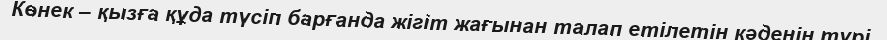
Көнек – қызға құда түсіп барғанда жігіт жағынан талап етілетін кәденің түрі.